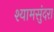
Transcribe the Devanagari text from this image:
श्यामसुंदरा